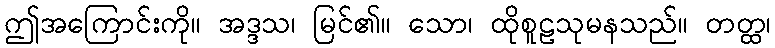
ဤအကြောင်းကို။ အဒ္ဒသ၊ မြင်၏။ သော၊ ထိုစူဠသုမနသည်။ တတ္ထ၊